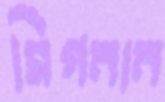
সিগনান